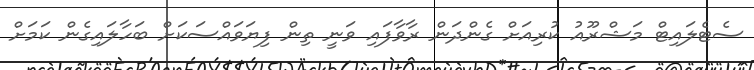
ސެޓެލައިޓް މަޝްރޫއު ކުރިއަށް ގެންދަން ރާވާފައި ވަނީ ތިން ފިޔަވައްސަކަށް ބަހާލައިގެން ކަމަށް